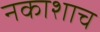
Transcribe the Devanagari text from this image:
नकाशाच